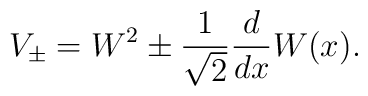
V_{\pm}=W^2 \pm \frac{1}{\sqrt{2}} \frac{d}{dx} W(x).